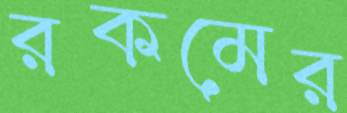
রকমের